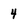
Character: 4